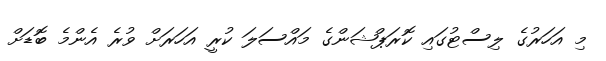
މި އަހަރުގެ ލިސްޓުގައި ކޮރަޕްޝަންގެ މައްސަލަ ކުރީ އަހަރަށް ވުރެ އެންމެ ބޮޑަށް